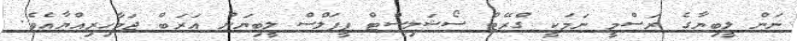
ނަން ލީބިޔާގެ ރަސްމީ ނަމަކީ ގްރޭޓް ސޯޝަލިސްޓް ޕީޕަލްސް ލީބިޔަން އަރަބް ޖަމާހިރިއްޔާއެވެ.